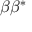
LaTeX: \beta \beta ^ { * }